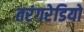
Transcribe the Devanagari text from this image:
तरंगरेडियो